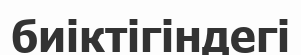
биіктігіндегі